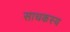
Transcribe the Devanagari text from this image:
साधकस्य